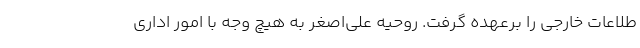
طلاعات خارجی را برعهده گرفت. روحیه علی‌اصغر به هیچ وجه با امور اداری